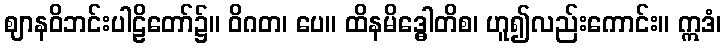
ဈာနဝိဘင်းပါဠိတော်၌။ ဝိဂတ၊ ပေ။ ထိနမိဒ္ဓေါတိစ၊ ဟူ၍လည်းကောင်း။ ဣဒံ၊